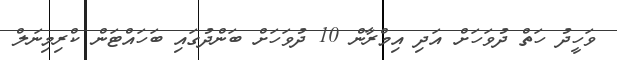
ވަހީދު ހަތް ދުވަހަށް އަދި އިމްރާން 10 ދުވަހަށް ބަންދުގައި ބަހައްޓަން ކްރިމިނަލް